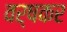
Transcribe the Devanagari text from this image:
वर्षकर